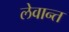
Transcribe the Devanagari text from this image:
लेवान्त